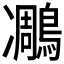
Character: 𪄄